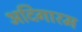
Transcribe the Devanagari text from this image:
अदिगारम